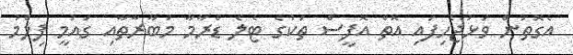
އެގޮތުން ވަޅުޖެހިފައި އޮތް އޮފީސް ތަކުގެ ޓެލެ ޑްރާމާ މުބާރާތާއި ގައުމީ ފިލްމު